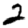
Digit: 2